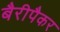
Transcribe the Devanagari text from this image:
बैरीपैकर